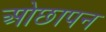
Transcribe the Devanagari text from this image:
ओछापन